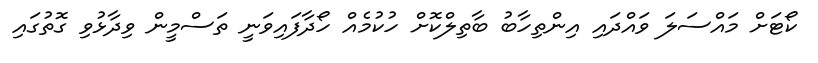
ކޯޓަށް މައްސަލަ ވައްދައި އިންތިހާބު ބާތިލްކޮށް ހުކުމެއް ހޯދާފައިވަނީ ތަސްމީން ވިދާޅުވި ގޮތުގައި